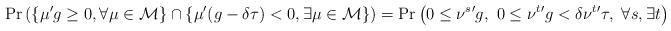
LaTeX: \begin{align*}\mathrm{Pr}\left(\{\mu'g\ge0,\forall\mu\in\mathcal M\}\cap \{\mu'(g-\delta\tau)<0,\exists\mu\in\mathcal M\}\right)&=\textrm{Pr}\left(0\le \nu^{s}{}'g,~0\le \nu^{t}{}'g<\delta\nu^{t}{}'\tau,~\forall s,\exists t\right)\end{align*}